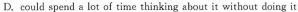
D. could spend a lot of time thinking about it without doing it